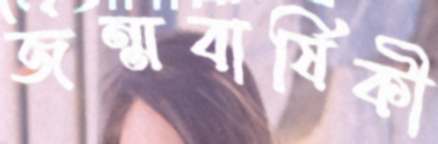
জন্মবার্ষিকী